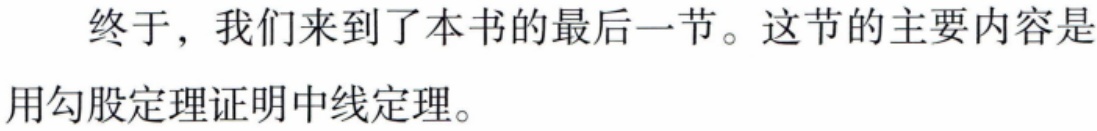
终于，我们来到了本书的最后一节。这节的主要内容是用勾股定理证明中线定理。